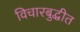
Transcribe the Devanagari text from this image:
विचारबुद्धीत